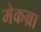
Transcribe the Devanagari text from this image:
मेकग्रा